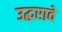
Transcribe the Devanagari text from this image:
उद्धरावे